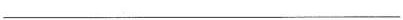
___